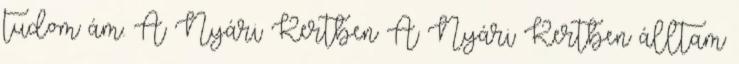
tudom ám. A Nyári Kertben A Nyári Kertben álltam